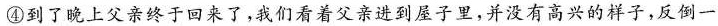
④到了晚上父亲终于回来了，我们看着父亲进到屋子里，并没有高兴的样子，反倒一